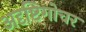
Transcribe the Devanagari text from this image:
अदृष्टिगोचर